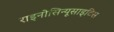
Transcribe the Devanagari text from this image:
राइनोसिन्यूसाइटिस